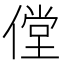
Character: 㑽